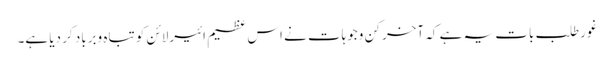
غورطلب بات یہ ہے کہ آخر کن وجوہات نے اس عظیم ائیرلائن کو تباہ وبرباد کر دیا ہے۔